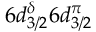
6 d _ { 3 / 2 } ^ { \delta } 6 d _ { 3 / 2 } ^ { \pi }